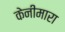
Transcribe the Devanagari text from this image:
केनीमारा